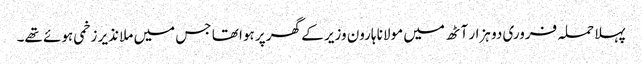
پہلا حملہ فروری دو ہزار آٹھ میں مولانا ہارون وزیر کے گھر پر ہوا تھا جس میں ملا نذیر زخمی ہوئے تھے۔